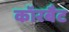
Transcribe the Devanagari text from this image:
कॉरबैट